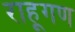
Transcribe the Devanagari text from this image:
राहूगण